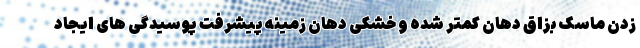
زدن ماسک بزاق دهان کمتر شده و خشکی دهان زمینه پیشرفت پوسیدگی های ایجاد